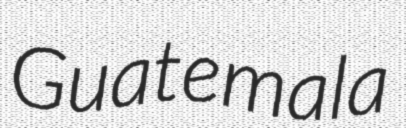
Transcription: Guatemala